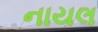
નાયલ